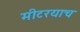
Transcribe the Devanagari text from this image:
मीटरयाच